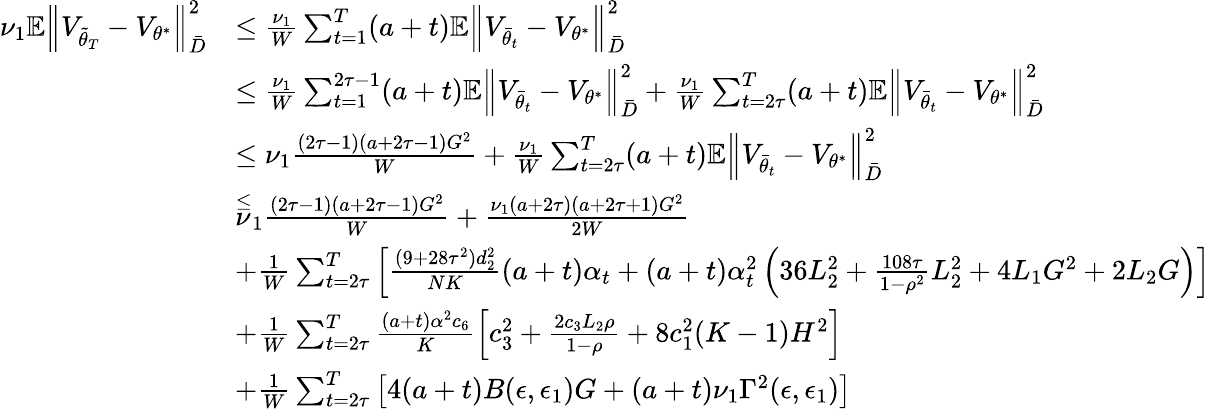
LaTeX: \begin{array}{rl}{\nu_{1}\mathbb{E}\Big\lVert V_{\tilde{\theta}_{T}}-V_{\theta^{*}}\Big\rVert_{\bar{D}}^{2}}&{\leq\frac{\nu_{1}}{W}\sum_{t=1}^{T}(a+t)\mathbb{E}\Big\lVert V_{\bar{\theta}_{t}}-V_{\theta^{*}}\Big\rVert_{\bar{D}}^{2}}\\ &{\le\frac{\nu_{1}}{W}\sum_{t=1}^{2\tau-1}(a+t)\mathbb{E}\Big\lVert V_{\bar{\theta}_{t}}-V_{\theta^{*}}\Big\rVert_{\bar{D}}^{2}+\frac{\nu_{1}}{W}\sum_{t=2\tau}^{T}(a+t)\mathbb{E}\Big\lVert V_{\bar{\theta}_{t}}-V_{\theta^{*}}\Big\rVert_{\bar{D}}^{2}}\\ &{\le\nu_{1}\frac{(2\tau-1)(a+2\tau-1)G^{2}}{W}+\frac{\nu_{1}}{W}\sum_{t=2\tau}^{T}(a+t)\mathbb{E}\Big\lVert V_{\bar{\theta}_{t}}-V_{\theta^{*}}\Big\rVert_{\bar{D}}^{2}}\\ &{\stackrel{\le}\nu_{1}\frac{(2\tau-1)(a+2\tau-1)G^{2}}{W}+\frac{\nu_{1}(a+2\tau)(a+2\tau+1)G^{2}}{2W}}\\ &{+\frac{1}{W}\sum_{t=2\tau}^{T}\left[\frac{(9+28\tau^{2})d_{2}^{2}}{NK}(a+t)\alpha_{t}+(a+t)\alpha_{t}^{2}\left(36L_{2}^{2}+\frac{108\tau}{1-\rho^{2}}L_{2}^{2}+4L_{1}G^{2}+2L_{2}G\right)\right]}\\ &{+\frac{1}{W}\sum_{t=2\tau}^{T}\frac{(a+t)\alpha^{2}c_{6}}{K}\left[c_{3}^{2}+\frac{2c_{3}L_{2}\rho}{1-\rho}+8c_{1}^{2}(K-1)H^{2}\right]}\\ &{+\frac{1}{W}\sum_{t=2\tau}^{T}\left[4(a+t)B(\epsilon,\epsilon_{1})G+(a+t)\nu_{1}\Gamma^{2}(\epsilon,\epsilon_{1})\right]}\end{array}